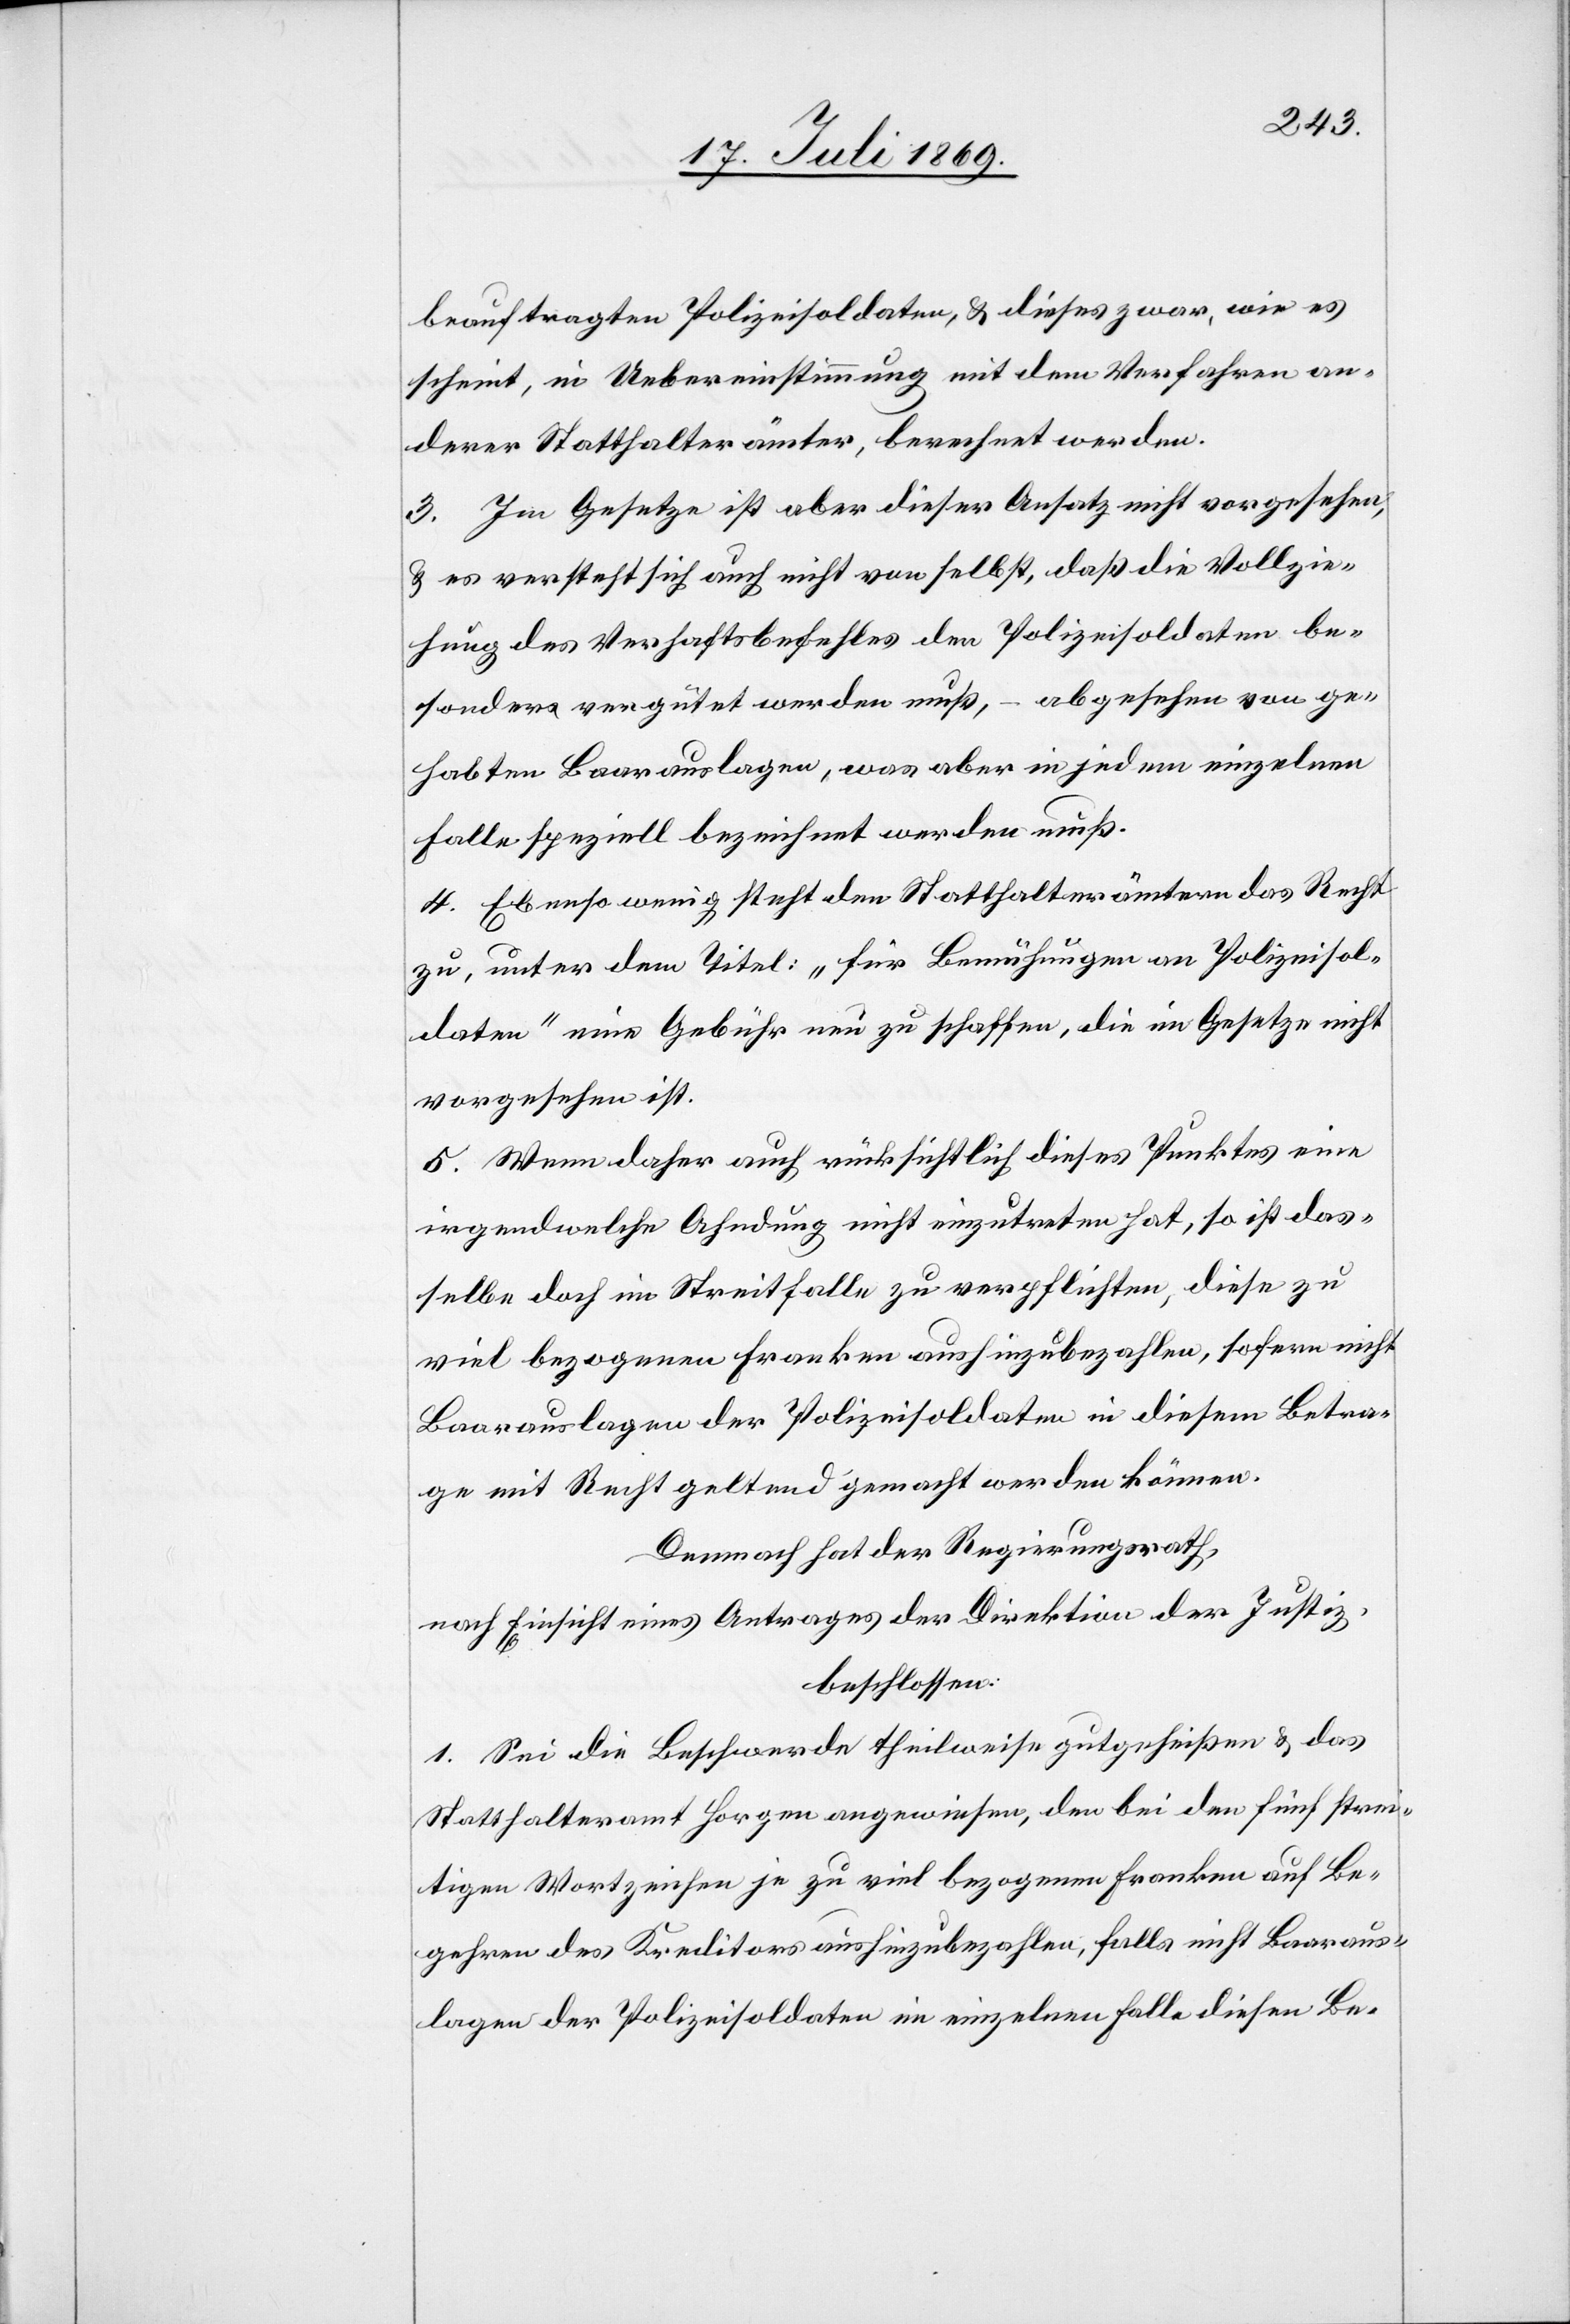
beauftragten Polizeisoldaten, u. dieses zwar, wie es
scheint, in Uebereinstimmung mit dem Verfahren an¬
derer Statthalterämter, berechnet werden.
3. Im Gesetze ist aber dieser Ansatz nicht vorgesehen,
u. es versteht sich auch nicht von selbst, daß die Vollzie¬
hung des Verhaftsbefehles den Polizeisoldaten be¬
sonders vergütet werden muß, – abgesehen von ge¬
habten Baarauslagen, was aber in jedem einzelnen
Falle speziell bezeichnet werden muß.
4. Ebenso wenig steht den Statthalterämtern das Recht
zu, unter dem Titel: „Für Bemühungen an Polizeisol¬
daten“ eine Gebühr neu zu schaffen, die im Gesetze nicht
vorgesehen ist.
5. Wenn daher auch rücksichtlich dieses Punktes eine
irgendwelche Ahndung nicht einzutreten hat, so ist das¬
selbe doch im Streitfalle zu verpflichten, diese zu
viel bezogenen Franken aushinzubezahlen, so fern nicht
Baarauslagen oder Polizeisoldaten in diesem Betra¬
ge mit Recht geltend gemacht werden können.
Demnach hat der Regierungsrath,
nach Einsicht eines Antrages der Direktion der Justiz,
beschlossen:
1. Sei die Beschwerde theilweise gutgeheißen u. das
Statthalteramt Horgen angewiesen, den bei dem fünf strei¬
tigen Wortzeichen je zu viel bezogenen Franken auf Be¬
gehren des Kreditors aushinzubezahlen, falls nicht Baaraus¬
lagen der Polizeisoldaten im einzelnen Falle diesen Be-